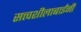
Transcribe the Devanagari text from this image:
सत्त्वशीलाबाईंनी